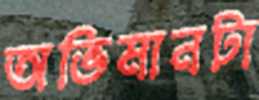
অভিমানটা